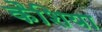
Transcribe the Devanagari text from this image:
कैशिया